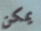
يمكن